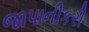
જાપાનીકરી